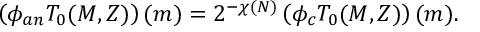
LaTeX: \left( \phi _ { a n } T _ { 0 } ( M , Z ) \right) ( m ) = 2 ^ { - \chi ( N ) } \left( \phi _ { c } T _ { 0 } ( M , Z ) \right) ( m ) .